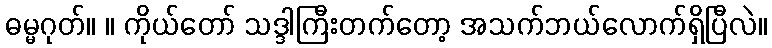
ဓမ္မဂုတ်။ ။ ကိုယ်တော် သဒ္ဒါကြီးတက်တော့ အသက်ဘယ်လောက်ရှိပြီလဲ။